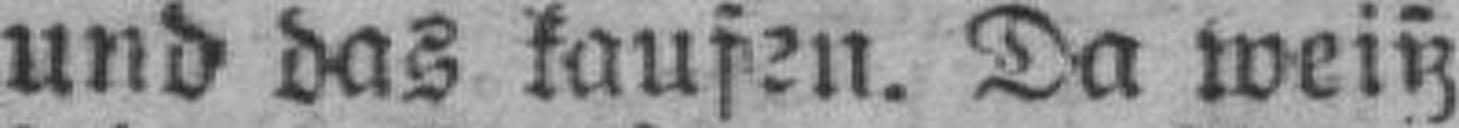
und das kaufen. Da weiß